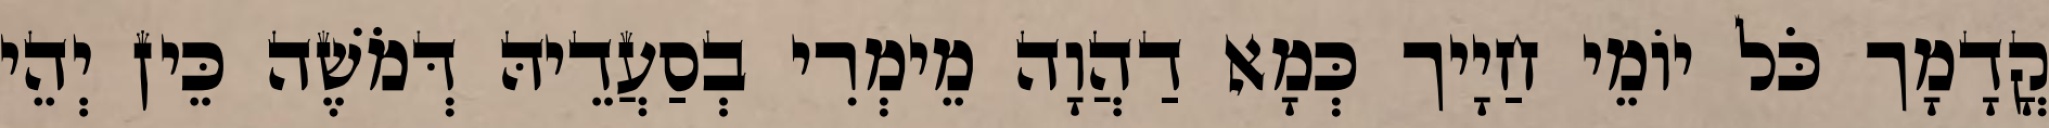
קֳדָמָך כֹּל יוֹמֵי חַיָיך כְּמָא דַהֲוָה מֵימְרִי בְסַעֲדֵיהּ דְּמֹשֶׁה כֵּין יְהֵי